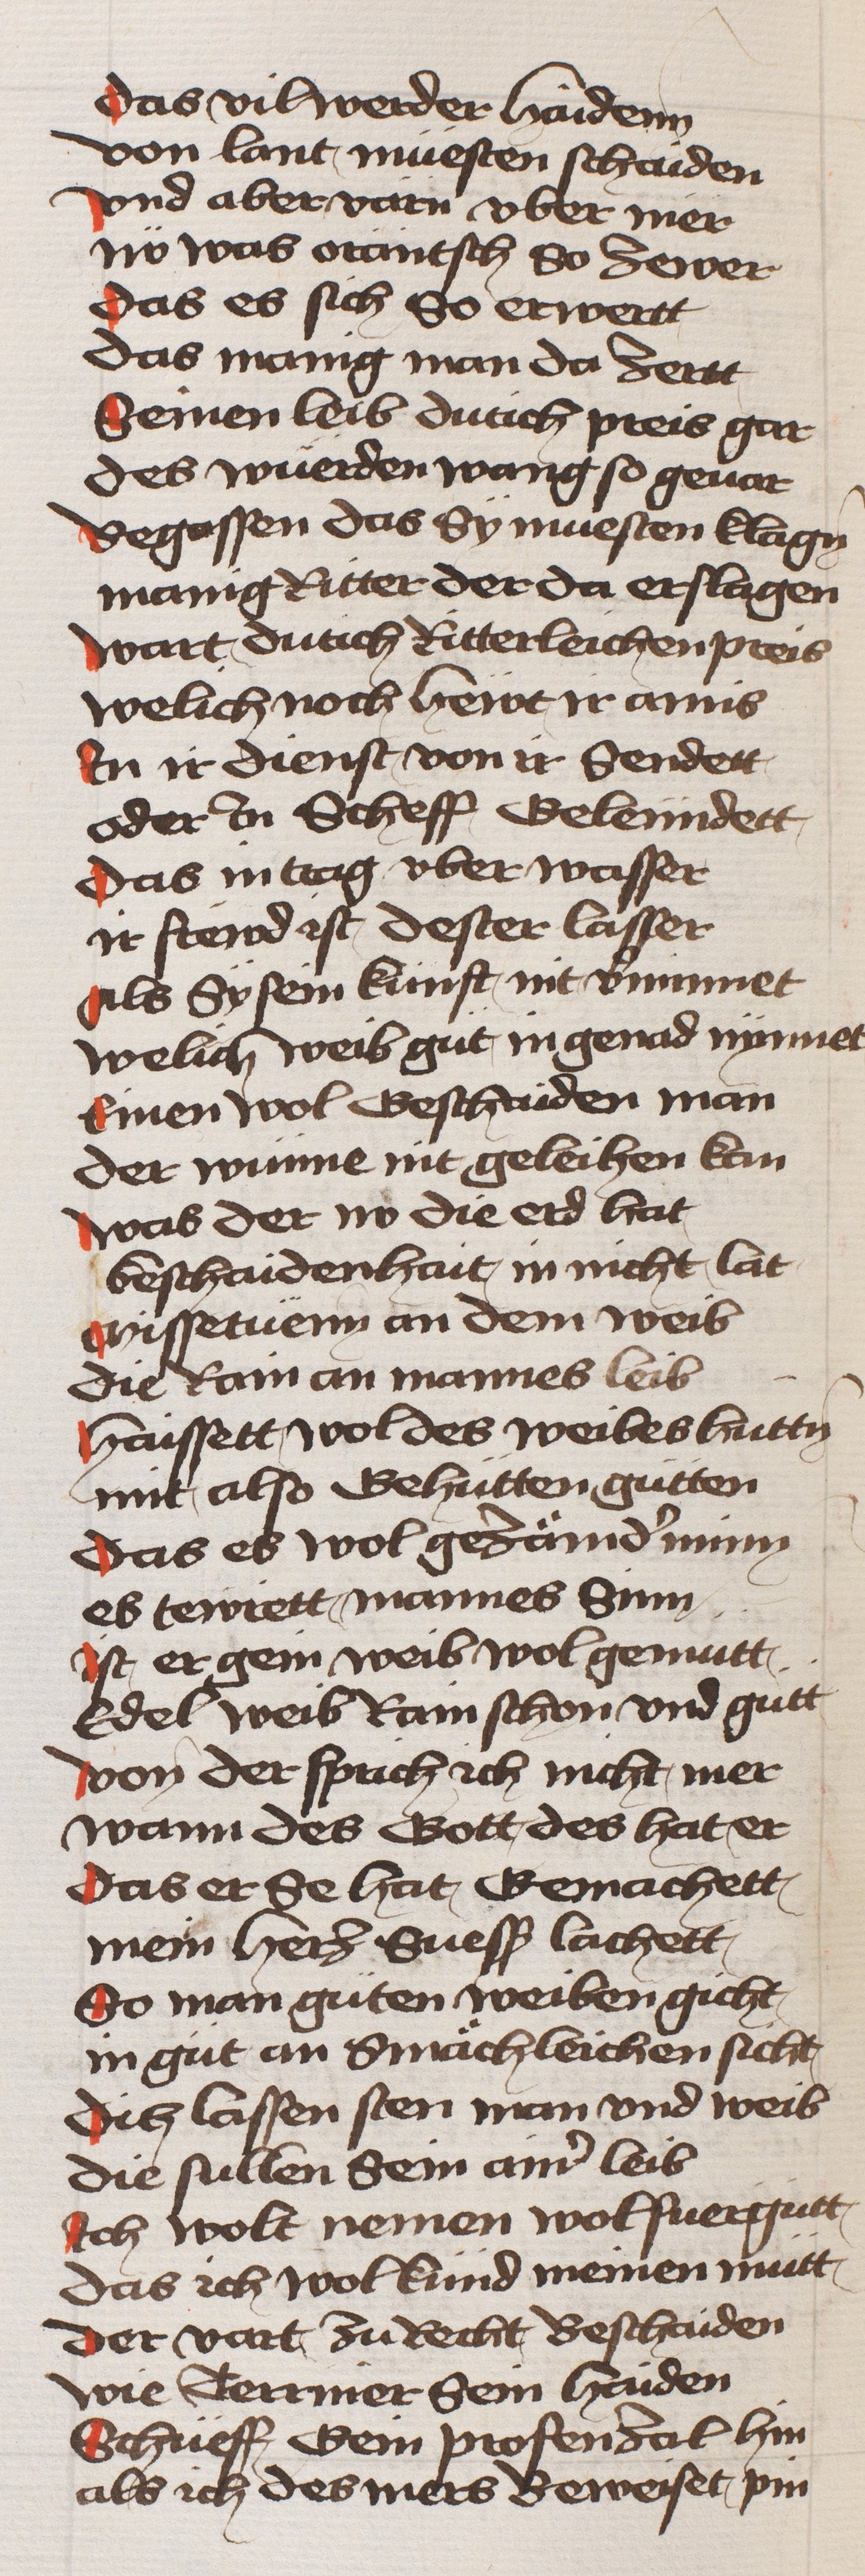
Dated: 1433–1466